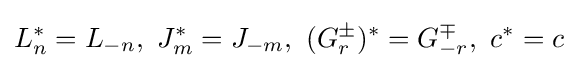
{L_{n}^{*}=L_{-n},\,\,J_{m}^{*}=J_{-m},\,\,(G_{r}^{\pm })^{*}=G_{-r}^{\mp },\,\,c^{*}=c}